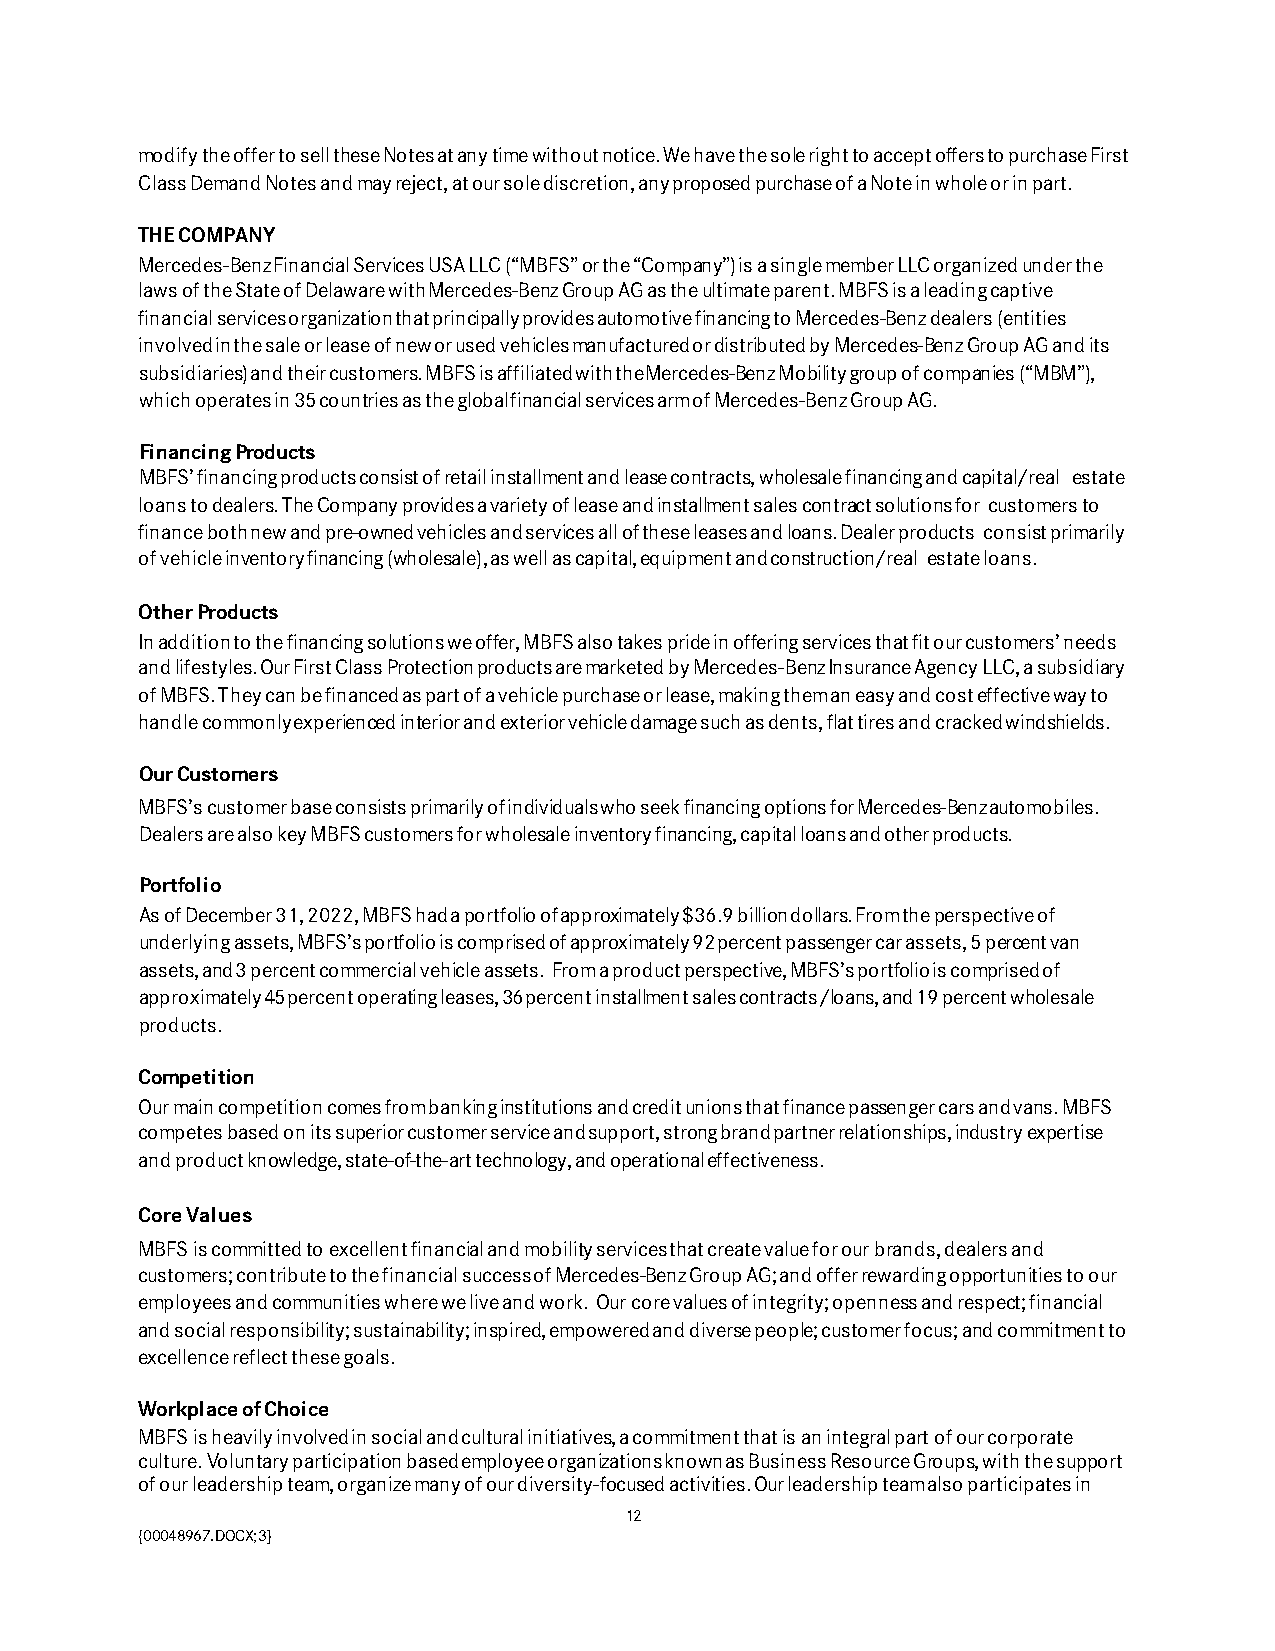
modify the offer to sell these Notes at any time without notice. We have the sole right to accept offers to purchase First
 Class Demand Notes and may reject, at our sole discretion, any proposed purchase of a Note in whole or in part.
 THE COMPANY
 Mercedes-Benz Financial Services USA LLC (“MBFS” or the “Company”) is a single member LLC organized under the
 laws of the State of Delaware with Mercedes-Benz Group AG as the ultimate parent. MBFS is a leading captive
 financial services organization that principally provides automotive financing to Mercedes-Benz dealers (entities
 involved in the sale or lease of new or used vehicles manufactured or distributed by Mercedes-Benz Group AG and its
 subsidiaries) and their customers. MBFS is affiliated with the Mercedes-Benz Mobility group of companies (“MBM”),
 which operates in 35 countries as the global financial services arm of Mercedes-Benz Group AG.
 Financing Products
 MBFS’ financing products consist of retail installment and lease contracts, wholesale financing and capital/real estate
 loans to dealers. The Company provides a variety of lease and installment sales contract solutions for customers to
 finance both new and pre-owned vehicles and services all of these leases and loans. Dealer products consist primarily
 of vehicle inventory financing (wholesale), as well as capital, equipment and construction/real estate loans.
 Other Products
 In addition to the financing solutions we offer, MBFS also takes pride in offering services that fit our customers’ needs
 and lifestyles. Our First Class Protection products are marketed by Mercedes-Benz Insurance Agency LLC, a subsidiary
 of MBFS. They can be financed as part of a vehicle purchase or lease, making them an easy and cost effective way to
 handle commonly experienced interior and exterior vehicle damage such as dents, flat tires and cracked windshields.
 Our Customers
 MBFS’s customer base consists primarily of individuals who seek financing options for Mercedes-Benz automobiles.
 Dealers are also key MBFS customers for wholesale inventory financing, capital loans and other products.
 Portfolio
 As of December 31, 2022, MBFS had a portfolio of approximately $36.9 billion dollars. From the perspective of
 underlying assets, MBFS’s portfolio is comprised of approximately 92 percent passenger car assets, 5 percent van
 assets, and 3 percent commercial vehicle assets. From a product perspective, MBFS’s portfolio is comprised of
 approximately 45 percent operating leases, 36 percent installment sales contracts/loans, and 19 percent wholesale
 products.
 Competition
 Our main competition comes from banking institutions and credit unions that finance passenger cars and vans. MBFS
 competes based on its superior customer service and support, strong brand partner relationships, industry expertise
 and product knowledge, state-of-the-art technology, and operational effectiveness.
 Core Values
 MBFS is committed to excellent financial and mobility services that create value for our brands, dealers and
 customers; contribute to the financial success of Mercedes-Benz Group AG; and offer rewarding opportunities to our
 employees and communities where we live and work. Our core values of integrity; openness and respect; financial
 and social responsibility; sustainability; inspired, empowered and diverse people; customer focus; and commitment to
 excellence reflect these goals.
 Workplace of Choice
 MBFS is heavily involved in social and cultural initiatives, a commitment that is an integral part of our corporate
 culture. Voluntary participation based employee organizations known as Business Resource Groups, with the support
 of our leadership team, organize many of our diversity-focused activities. Our leadership team also participates in
 12
 {00048967.DOCX;3}